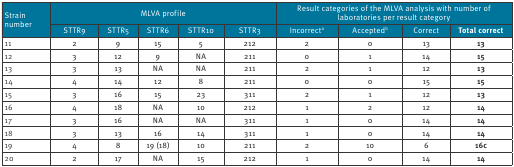
<table><thead><tr><td rowspan="2"><b>Strain number</b></td><td colspan="5"><b>MLVA profile</b></td><td colspan="4"><b>Result categories of the MLVA analysis with number of laboratories per result category</b></td></tr><tr><td><b>STTR9</b></td><td><b>STTR5</b></td><td><b>STTR6</b></td><td><b>STTR10</b></td><td><b>STTR3</b></td><td><b>Incorrect<sup>a</sup></b></td><td><b>Accepted<sup>b</sup></b></td><td><b>Correct</b></td><td><b>Total correct</b></td></tr></thead><tbody><tr><td><b>11</b></td><td>2</td><td>9</td><td>15</td><td>5</td><td>212</td><td>2</td><td>0</td><td>13</td><td><b>13</b></td></tr><tr><td><b>12</b></td><td>3</td><td>12</td><td>9</td><td>NA</td><td>211</td><td>0</td><td>1</td><td>14</td><td><b>15</b></td></tr><tr><td><b>13</b></td><td>3</td><td>13</td><td>NA</td><td>NA</td><td>211</td><td>2</td><td>1</td><td>12</td><td><b>13</b></td></tr><tr><td><b>14</b></td><td>4</td><td>14</td><td>12</td><td>8</td><td>211</td><td>0</td><td>0</td><td>15</td><td><b>15</b></td></tr><tr><td><b>15</b></td><td>3</td><td>16</td><td>15</td><td>23</td><td>311</td><td>2</td><td>1</td><td>12</td><td><b>13</b></td></tr><tr><td><b>16</b></td><td>4</td><td>18</td><td>NA</td><td>10</td><td>212</td><td>1</td><td>2</td><td>12</td><td><b>14</b></td></tr><tr><td><b>17</b></td><td>3</td><td>16</td><td>NA</td><td>NA</td><td>311</td><td>1</td><td>0</td><td>14</td><td><b>14</b></td></tr><tr><td><b>18</b></td><td>3</td><td>13</td><td>16</td><td>14</td><td>311</td><td>1</td><td>0</td><td>14</td><td><b>14</b></td></tr><tr><td><b>19</b></td><td>4</td><td>8</td><td>19 (18)</td><td>10</td><td>211</td><td>2</td><td>10</td><td>6</td><td><b>16<sup>c</sup></b></td></tr><tr><td><b>20</b></td><td>2</td><td>17</td><td>NA</td><td>15</td><td>212</td><td>1</td><td>0</td><td>14</td><td><b>14</b></td></tr></tbody></table>